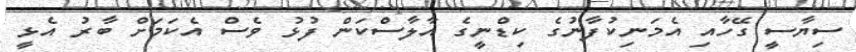
ސިޔާސީ ގޭހާއި އެމަނިކުފާނުގެ ކިޑްނީގެ އާލާސްކަން ފުޅު ވެސް އެކަމަށް ބާރު އެޅީ